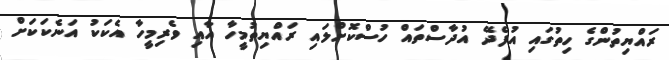
ރައްޔިތުންގެ ހިތުގައި އުފެދޭ އުދާސްތައް ހުސްކޮށްލައި ރައްޔިތުމީހާ އާއި ވެރިމީހާ އެކަކު އަނެކަކަށް